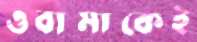
ওবামাকেই